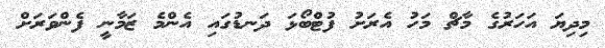
މިދިޔަ އަހަރުގެ މާޗް މަހު އެރަށު ފުޓްބޯޅަ ދަނޑުގައި އެންމެ ޒަމާނީ ފެންވަރަށް